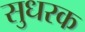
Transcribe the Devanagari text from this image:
सुधरक